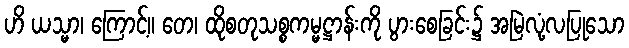
ဟိ ယသ္မာ၊ ကြောင့်။ တေ၊ ထိုစတုသစ္စကမ္မဋ္ဌာန်းကို ပွားစေခြင်း၌ အမြဲလုံ့လပြုသော